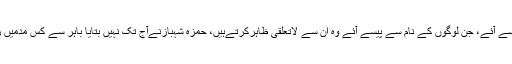
نیب نے بتایا حمزہ شہباز نے 42کروڑ کے اثاثے ظاہر کیے ، جس میں 18 کروڑ باہر سے آئے، جن لوگوں کے نام سے پیسے آئے وہ ان سے لاتعلقی ظاہرکرتےہیں، حمزہ شہبازنےآج تک نہیں بتایا باہر سے کس مدمیں رقوم آتی ہیں، جعلی ایکسچینج کمپنیوں کے ذریعے رقوم بیرون ممالک سے منگوائی گئیں۔